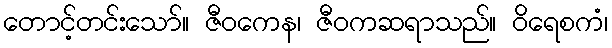
တောင့်တင်းသော်။ ဇီဝကေန၊ ဇီဝကဆရာသည်။ ဝိရေစကံ၊